Lunatic asylums Madras 1892-1911 - 1892-1911
Year: 1892
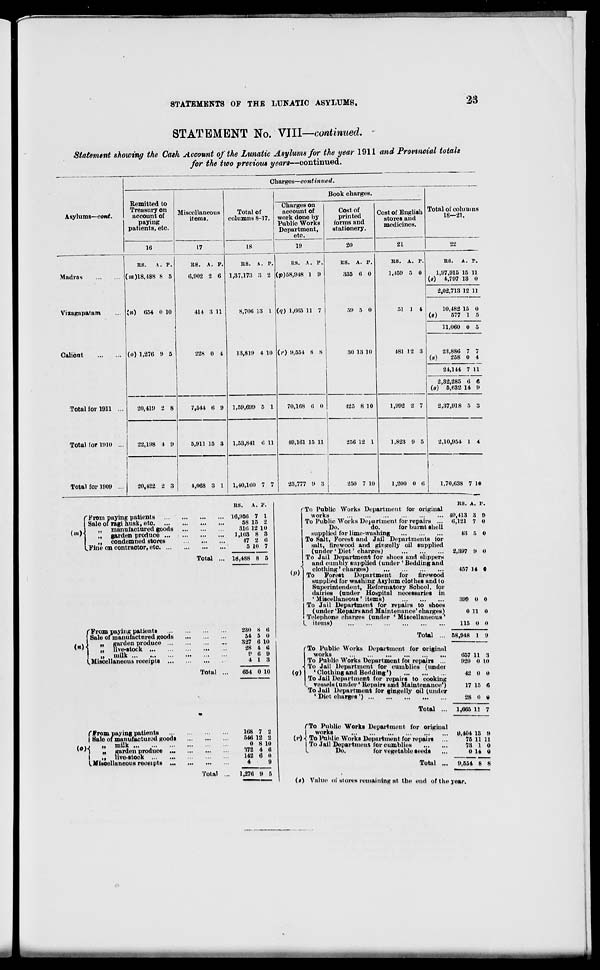
STATEMENTS OF THE LUNATIC ASYLUMS.
23
STATEMENT No. till—continued. -
Statement showing the Cash Account of the Lunatic Asylums for the year 1911 and Provincial totals
for the two previous years—continued.
Asylums—oont.
Charges—continued.
Remitted to
Treasury on
account of
paying
patients, etc.
16
Miscellaneous
items.
Madras
Viaagapatam
Calient
RS.
A. P.
(>«)18,I88 8 5
(») 054 0 10
(o) 1,276 !» 5
Total for 1911 ...
20,41!t 2 8
Total for 1910 ...
22,1518 4 9
Total for 1909
20,422 2 3
(»)
(From paying patients
Sale of ragi husk, etc.
„ manufactured goods
„ garden produce ...
„ condemned stores
k Fine on contractor, etc. ...
(»)
'From paying patients
Sale of manufactnred goods
„ garden produce ...
„ live-stock
„ milk
^Miscellaneous receipts ...
( From pay ing patients
I Sale of manufactured goods
, .,
|| milk
' ')
„ garden produce ...
I
live-stock
17
RS. A. P
6,902 2 6
414 3 11
Total of
columns 8-17.
18
Book charges.
Charges on
account of
work done by
Public Works
Department,
etc.
19
Cost of
printed
forms and
stationery.
20
Cost of English
stores and
medicines.
•21
Total of columns
18—21.
22
228 0 4
7,544 6 9
5,911 15 3
4,068 3 1
I Miscellaneous receipts
Total
Total
Total
RS. A. P.
1,37,173 3 2
8,706 13 1
its. A. P.
(p)68,948 1 9
(</) 1,665 11 7
US. A. P.
335 6 0
59 5 0
13,819 4 10 (»•) 0,554 8 8
1,59,699 5 1
1,53,841 6 11
1,40,160 7 7
RS. A. P.
16,956 7 1
58 15 2
316 12 10
1,103 8 3
47 2 6
5 10 7
18,488 8 5
230 8 6
54 5 0
327 6 10
28 4 6
<> 6 9
4 1 3
654 0 10
168 7 •>
540 12 2
0 8 10
372 4 6
142 6 0
4
' .(
t,270 9 5
70,168 0 0
30 13 10
H8. A. P.
1,469 5 0
51 1 4
RS. k. P.
1,97,915 15 11
(«) 4,797 13 0
481 12 3
125 8 10
1,992 2 7
,02,713 12 11
(«)
10,482
577
16
1
0
5
11,060 0 5
(s)
23,886
258
7
0
7
4
24,144 7 11
(«)"
.,32,285
5,632
6
14
6
9
-.37,918 6 3
49,161 15 11
256 12 1
23,777 0 3
1,823 9 5
250 7 10
1,200 0 6
2,10,954 1 4
1,70,638 7 10
</>)
(9)
("To Public Works Department for original
works
To Public Works Department for repairs ...
Do.
do.
lor burnt shell
supplied for lime-washing
To Salt, Fovest and Jail Departments for
salt, firewood and gingelly oil supplied
(under ' Diet' charges)
To Jail Department for shoes and slippers
, and oumblT supplied (under 'Beddingand
1
clothing'charges)
To
Forest
Department for
lirewood
supplied for washing Asylum clothes and to
Superintendent, Reformatory School, for
dairies (under Hospital necessaries in
' Miscellaneous ' items)
To Jail Department for repairs to shoes
(under 'Repairsand Maintenance'charges)
! Telephone charges (under ' Miscellaneous '
L items)
Total ...
To Public Works Department for originiil
works
To Public Works Department foi repairs ...
To Jail Department for cumblies (undei
'Clothingand Bedding')
To Jail Department for repairs to cooking
. vessels (under' Repairs and Maintenance')
To Jail Department for gingelly oil (under
' Diet charges')
Total ...
RS. A. P.
40,413 3 9
6,121 7 0
43 5 0
2,397 !> 0
457 14 0
399 0 0
0 11 0
115 0 0
68,948 1 9
057 11 3
920 0 10
42 0 0
17 15 6
28 0 t)
1,086 11 7
fTo Public Works Department for original
I works
0,404 13 !»
{>')■{ To Public Works Department for repairs ...
76 1111
| To Jail Department for cumblies
73 1 0
L
Do.
for vegetable seeds
...
0 14 0
Total
9,654 8 8
(») Value of si ores remaining at the end of the year.